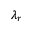
\lambda _ { r }